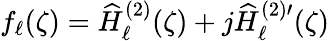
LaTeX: f_{\ell}(\zeta)=\widehat{H}_{\ell}^{(2)}(\zeta)+j\widehat{H}_{\ell}^{(2)\prime}(\zeta)